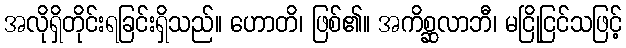
အလိုရှိတိုင်းရခြင်းရှိသည်။ ဟောတိ၊ ဖြစ်၏။ အကိစ္ဆလာဘီ၊ မငြိုငြင်သဖြင့်